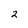
Character: 2